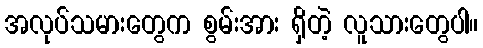
အလုပ်သမားတွေက စွမ်းအား ရှိတဲ့ လူသားတွေပါ။